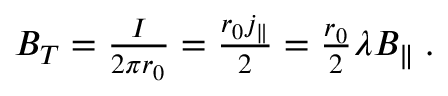
\begin{array} { r } { B _ { T } = \frac { I } { 2 \pi r _ { 0 } } = \frac { r _ { 0 } j _ { \parallel } } { 2 } = \frac { r _ { 0 } } { 2 } \lambda B _ { \parallel } \; . } \end{array}